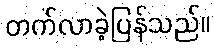
တက်လာခဲ့ပြန်သည်။